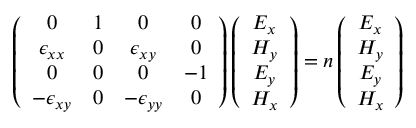
\left( \begin{array} { c c c c } { 0 } & { 1 } & { 0 } & { 0 } \\ { \epsilon _ { x x } } & { 0 } & { \epsilon _ { x y } } & { 0 } \\ { 0 } & { 0 } & { 0 } & { - 1 } \\ { - \epsilon _ { x y } } & { 0 } & { - \epsilon _ { y y } } & { 0 } \end{array} \right) \left( \begin{array} { c } { E _ { x } } \\ { H _ { y } } \\ { E _ { y } } \\ { H _ { x } } \end{array} \right) = n \left( \begin{array} { c } { E _ { x } } \\ { H _ { y } } \\ { E _ { y } } \\ { H _ { x } } \end{array} \right)